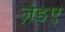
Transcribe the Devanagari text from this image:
ज़ेडए